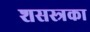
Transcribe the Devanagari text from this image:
शसस्त्रका